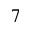
^ 7